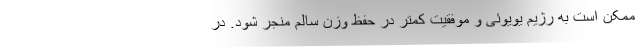
ممکن است به رژیم یویوئی و موفقیت کمتر در حفظ وزن سالم منجر شود. در